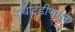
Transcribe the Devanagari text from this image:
ग्रंथदिडीपासून